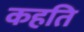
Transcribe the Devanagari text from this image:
कहति